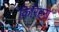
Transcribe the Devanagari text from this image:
किरिहरा